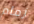
زمام